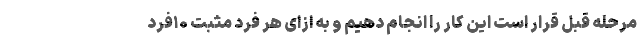
مرحله قبل قرار است این کار را انجام دهیم و به ازای هر فرد مثبت ۱۰فرد